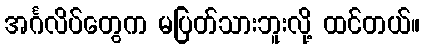
အင်္ဂလိပ်တွေက မပြတ်သားဘူးလို့ ထင်တယ်။